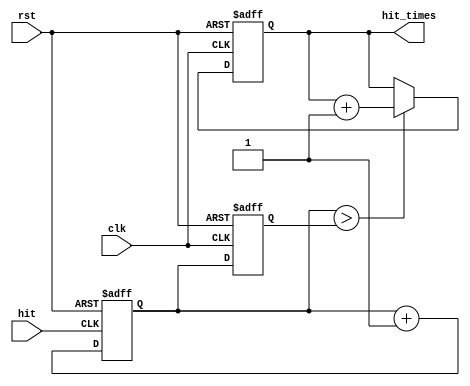
`timescale 1ns / 1ps
//////////////////////////////////////////////////////////////////////////////////
// Company: 
// Engineer: 
// 
// Design Name: 
// Module Name: hit_time_counter
// Project Name: 
// Target Devices: 
// Tool Versions: 
// Description: 
// 
// Dependencies: 
// 
// Revision:
// Revision 0.01 - File Created
// Additional Comments:
// 
//////////////////////////////////////////////////////////////////////////////////


module hit_time_counter(
    input hit,
    input clk,
    input rst,
    output reg [4:0] hit_times
    );
reg [4:0] num;
reg [4:0] next_num;

always@(posedge clk or posedge rst)begin
    if (rst) begin
        hit_times <= 0;
        num <= 0;
    end
    else if (next_num > num) begin
        hit_times <= hit_times + 1;
        num <= next_num;
    end
    else begin
        hit_times <= hit_times;
        num <= next_num;
    end
end

always@(posedge hit or posedge rst)begin
    if (rst)
        next_num <= 0;
    else
        next_num <= next_num + 1;
end

endmodule